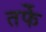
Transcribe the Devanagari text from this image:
तर्फेे